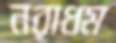
নরাধম